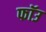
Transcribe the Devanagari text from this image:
फॉउ